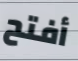
أفتح